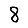
Digit: 8